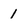
Character: 1